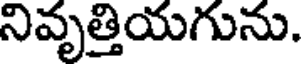
నివృత్తియగును.